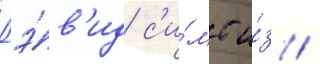
Дэ́в'ид с'и́мс и́з /